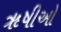
ૠષીઓ